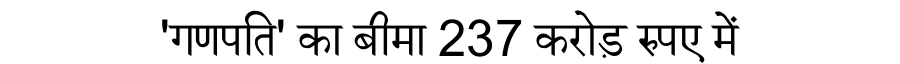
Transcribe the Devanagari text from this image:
'गणपति' का बीमा 237 करोड़ रुपए में